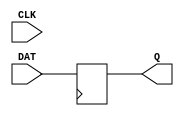
module DFF (Q, CLK, DAT);
input CLK;
input [7:0] DAT;
output [7:0] Q;
always @(posedge clk)
Q = DAT;
specify
$setup (DAT, posedge CLK, 10);
endspecify
endmodule